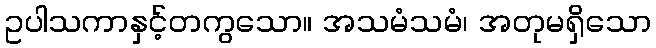
ဥပါသကာနှင့်တကွသော။ အသမံသမံ၊ အတုမရှိသော